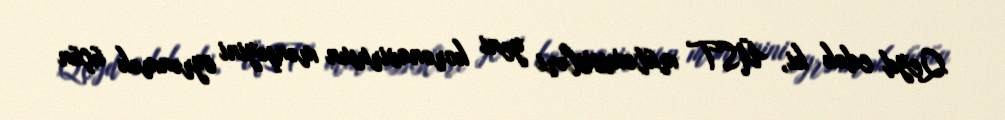
Qeyd edək ki, ÜST mütəxəssisləri yeni koronavirusun mənşəyini öyrənmək üçün